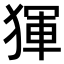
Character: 𤟤